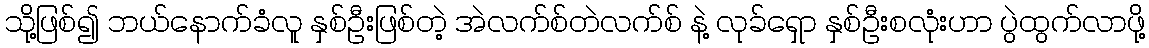
သို့ဖြစ်၍ ဘယ်နောက်ခံလူ နှစ်ဦးဖြစ်တဲ့ အဲလက်စ်တဲလက်စ် နဲ့ လုခ်ရှော နှစ်ဦးစလုံးဟာ ပွဲထွက်လာဖို့